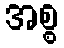
အစ္စ